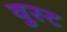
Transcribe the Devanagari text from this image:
वुस्ट